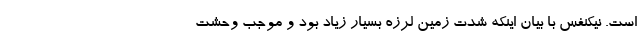
است. نیکنفس با بیان اینکه شدت زمین لرزه بسیار زیاد بود و موجب وحشت